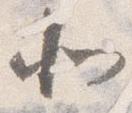
北